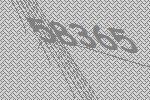
58365